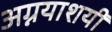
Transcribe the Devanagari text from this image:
अग्नयाशयी